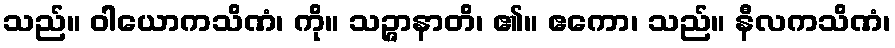
သည်။ ဝါယောကသိဏံ၊ ကို။ သဉ္ဇာနာတိ၊ ၏။ ဧကော၊ သည်။ နီလကသိဏံ၊